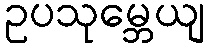
ဥပသုမ္ဘေယျ